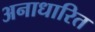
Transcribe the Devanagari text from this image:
अनाधारित